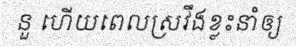
នួ ហើយពេលស្រវឹងខ្លះនាំឲ្យ